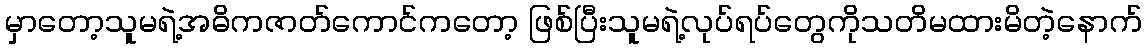
မှာတော့သူမရဲ့အဓိကဇာတ်ကောင်ကတော့ ဖြစ်ပြီးသူမရဲ့လုပ်ရပ်တွေကိုသတိမထားမိတဲ့နောက်